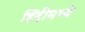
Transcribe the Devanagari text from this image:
हिंंदीमध्ये